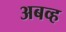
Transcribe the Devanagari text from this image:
अबव्ह